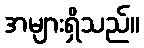
အများရှိသည်။